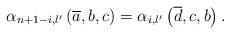
LaTeX: \begin{align*}\alpha _{n+1-i,l^{\prime }}\left( \overline{a},b,c\right) =\alpha_{i,l^{\prime }}\left( \overline{d},c,b\right) .\end{align*}